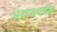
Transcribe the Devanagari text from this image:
अंदाजपत्रके